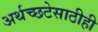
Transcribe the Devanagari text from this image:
अर्थच्छटेसाठीही